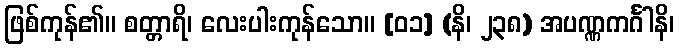
ဖြစ်ကုန်၏။ စတ္တာရိ၊ လေးပါးကုန်သော။ [၀၁] (နိ၊ ၂၃၈) အပဏ္ဏကင်္ဂါနိ၊